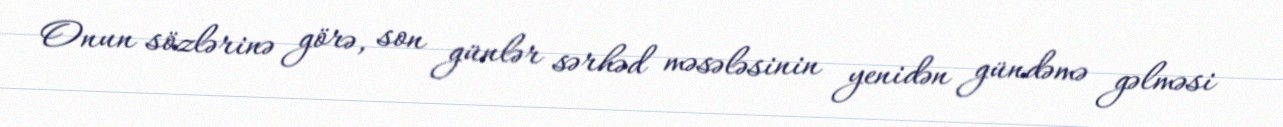
Onun sözlərinə görə, son günlər sərhəd məsələsinin yenidən gündəmə gəlməsi